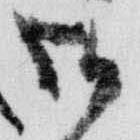
御